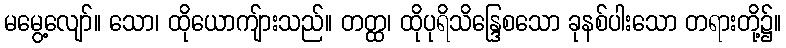
မမွေ့လျော်။ သော၊ ထိုယောကျ်ားသည်။ တတ္ထ၊ ထိုပုရိသိန္ဒြေစသော ခုနစ်ပါးသော တရားတို့၌။